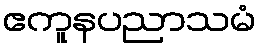
ဧကူနပညာသမံ